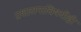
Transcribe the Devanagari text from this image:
प्रशासनाविषयीही